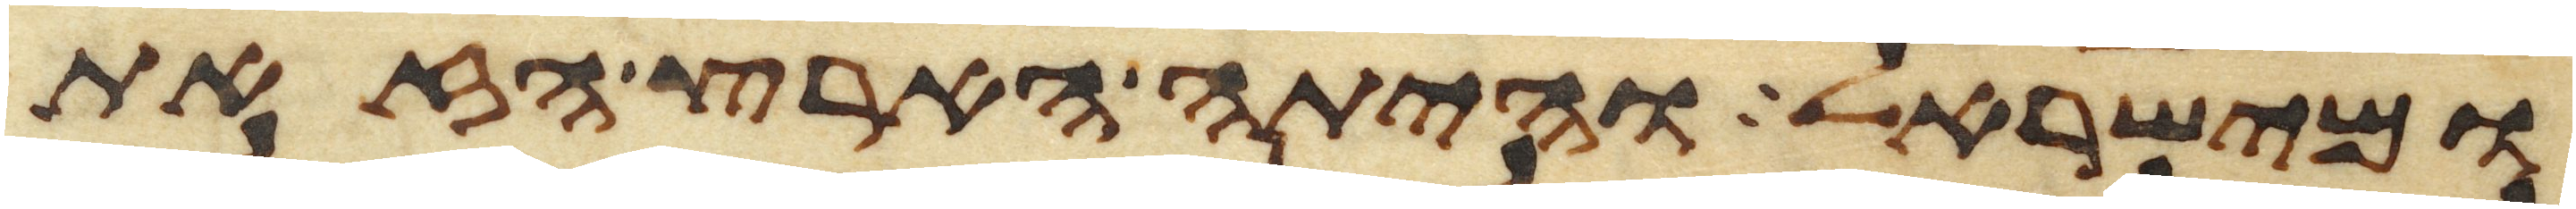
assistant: ומישראל והיתה הארץ הזאת